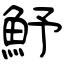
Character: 魣